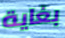
بغاية